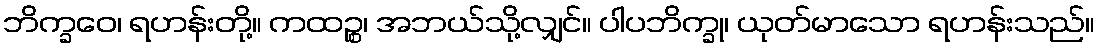
ဘိက္ခဝေ၊ ရဟန်းတို့။ ကထဉ္စ၊ အဘယ်သို့လျှင်။ ပါပဘိက္ခု၊ ယုတ်မာသော ရဟန်းသည်။